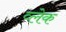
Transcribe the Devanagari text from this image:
व्लेक